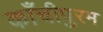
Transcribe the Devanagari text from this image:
काँचीपुरम